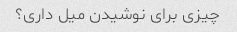
چیزی برای نوشیدن میل داری؟